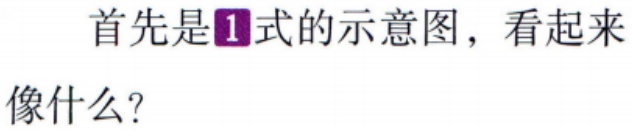
首先是\textcircled{1}式的示意图，看起来像什么？